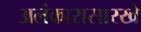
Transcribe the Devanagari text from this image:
अलंकारासारखे